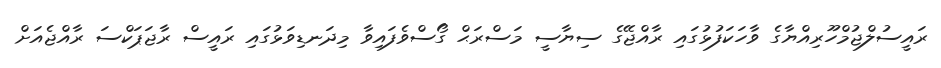
ރައީސުލްޖުމްހޫރިއްޔާގެ ވާހަކަފުޅުގައި ރާއްޖޭގެ ސިޔާސީ މަސްރަޙް ގޯސްވެފައިވާ މިދަނޑިވަޅުގައި ރައީސް ރާޖަޕަކްސަ ރާއްޖެއަށް